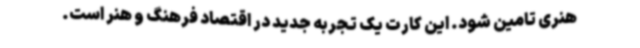
هنری تامین شود. این کارت یک تجربه جدید در اقتصاد فرهنگ و هنر است.